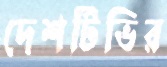
দেশটিভির